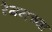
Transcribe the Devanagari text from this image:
रेगनच्या